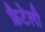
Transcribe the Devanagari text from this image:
फ्रैटेली